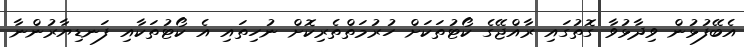
އެބޭފުޅުން ވިދާޅުވާ ގޮތުގައި ރާއްޖޭގެ ކޯޓުތަކަށް ހުރުމަތްތެރިކޮށް ނުހިތައި އެ ކޯޓުތަކާއި ފަނޑިޔާރުންނާ